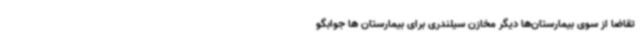
تقاضا از سوی بیمارستان‌ها دیگر مخازن سیلندری برای بیمارستان ها جوابگو